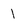
Character: l